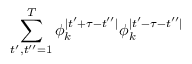
\sum _ { t ^ { \prime } , t ^ { \prime \prime } = 1 } ^ { T } \phi _ { k } ^ { \mid t ^ { \prime } + \tau - t ^ { \prime \prime } \mid } \phi _ { k } ^ { \mid t ^ { \prime } - \tau - t ^ { \prime \prime } \mid }